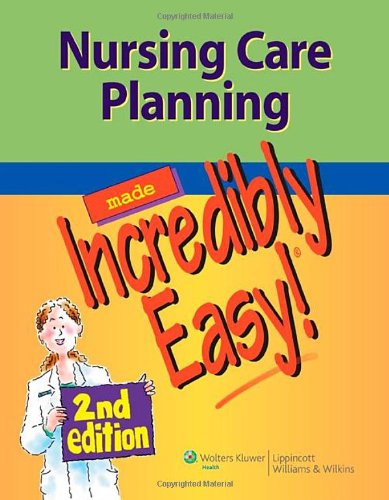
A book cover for Nursing Care Planning Made Incredibly Easy! (Incredibly Easy! SeriesÂ®); Lippincott Williams &  Wilkins; Medical Books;